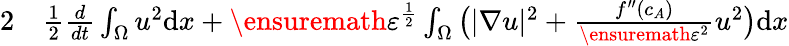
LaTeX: \begin{array}{rl}{{2}}&{{}\frac{1}{2}\frac{d}{dt}\int_{\Omega}u^{2}\mathrm{d}x+\ensuremath{\varepsilon}^{\frac{1}{2}}\int_{\Omega}\big(|\nabla u|^{2}+\frac{f^{\prime\prime}(c_{A})}{\ensuremath{\varepsilon}^{2}}u^{2}\big)\mathrm{d}x}\end{array}